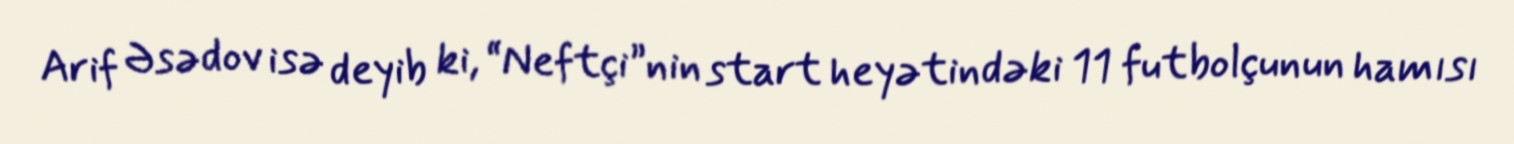
Arif Əsədov isə deyib ki, “Neftçi”nin start heyətindəki 11 futbolçunun hamısı